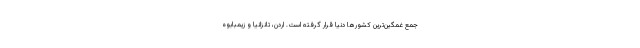
جمع غمگین‌ترین کشورها دنیا قرار گرفته است. اردن، تانزانیا و زیمبابوه